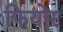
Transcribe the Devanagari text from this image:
फियोर